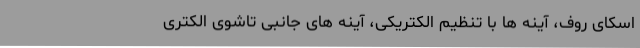
اسکای روف، آینه ها با تنظیم الکتریکی، آینه های جانبی تاشوی الکتری